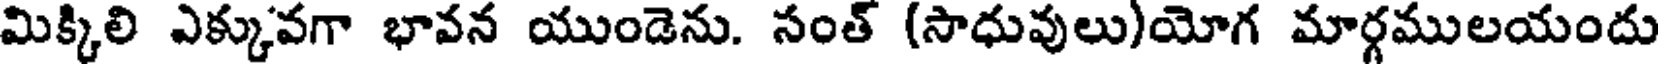
మిక్కిలి ఎక్కువగా భావన యుండెను. సంత్ (సాధువులు)యోగ మార్గములయందు